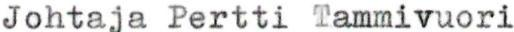
Johtaja Pertti Tammivuori